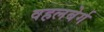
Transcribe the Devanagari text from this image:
वहलबेर्ग